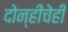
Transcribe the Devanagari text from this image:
दोन्हींचेही